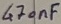
Text: 470nF